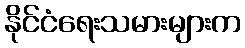
နိုင်ငံရေးသမားများက